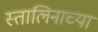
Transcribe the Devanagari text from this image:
स्तालिनाच्या